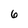
Character: 6